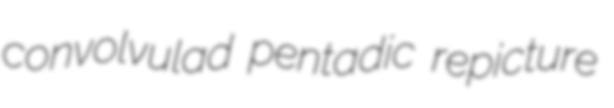
convolvulad pentadic repicture